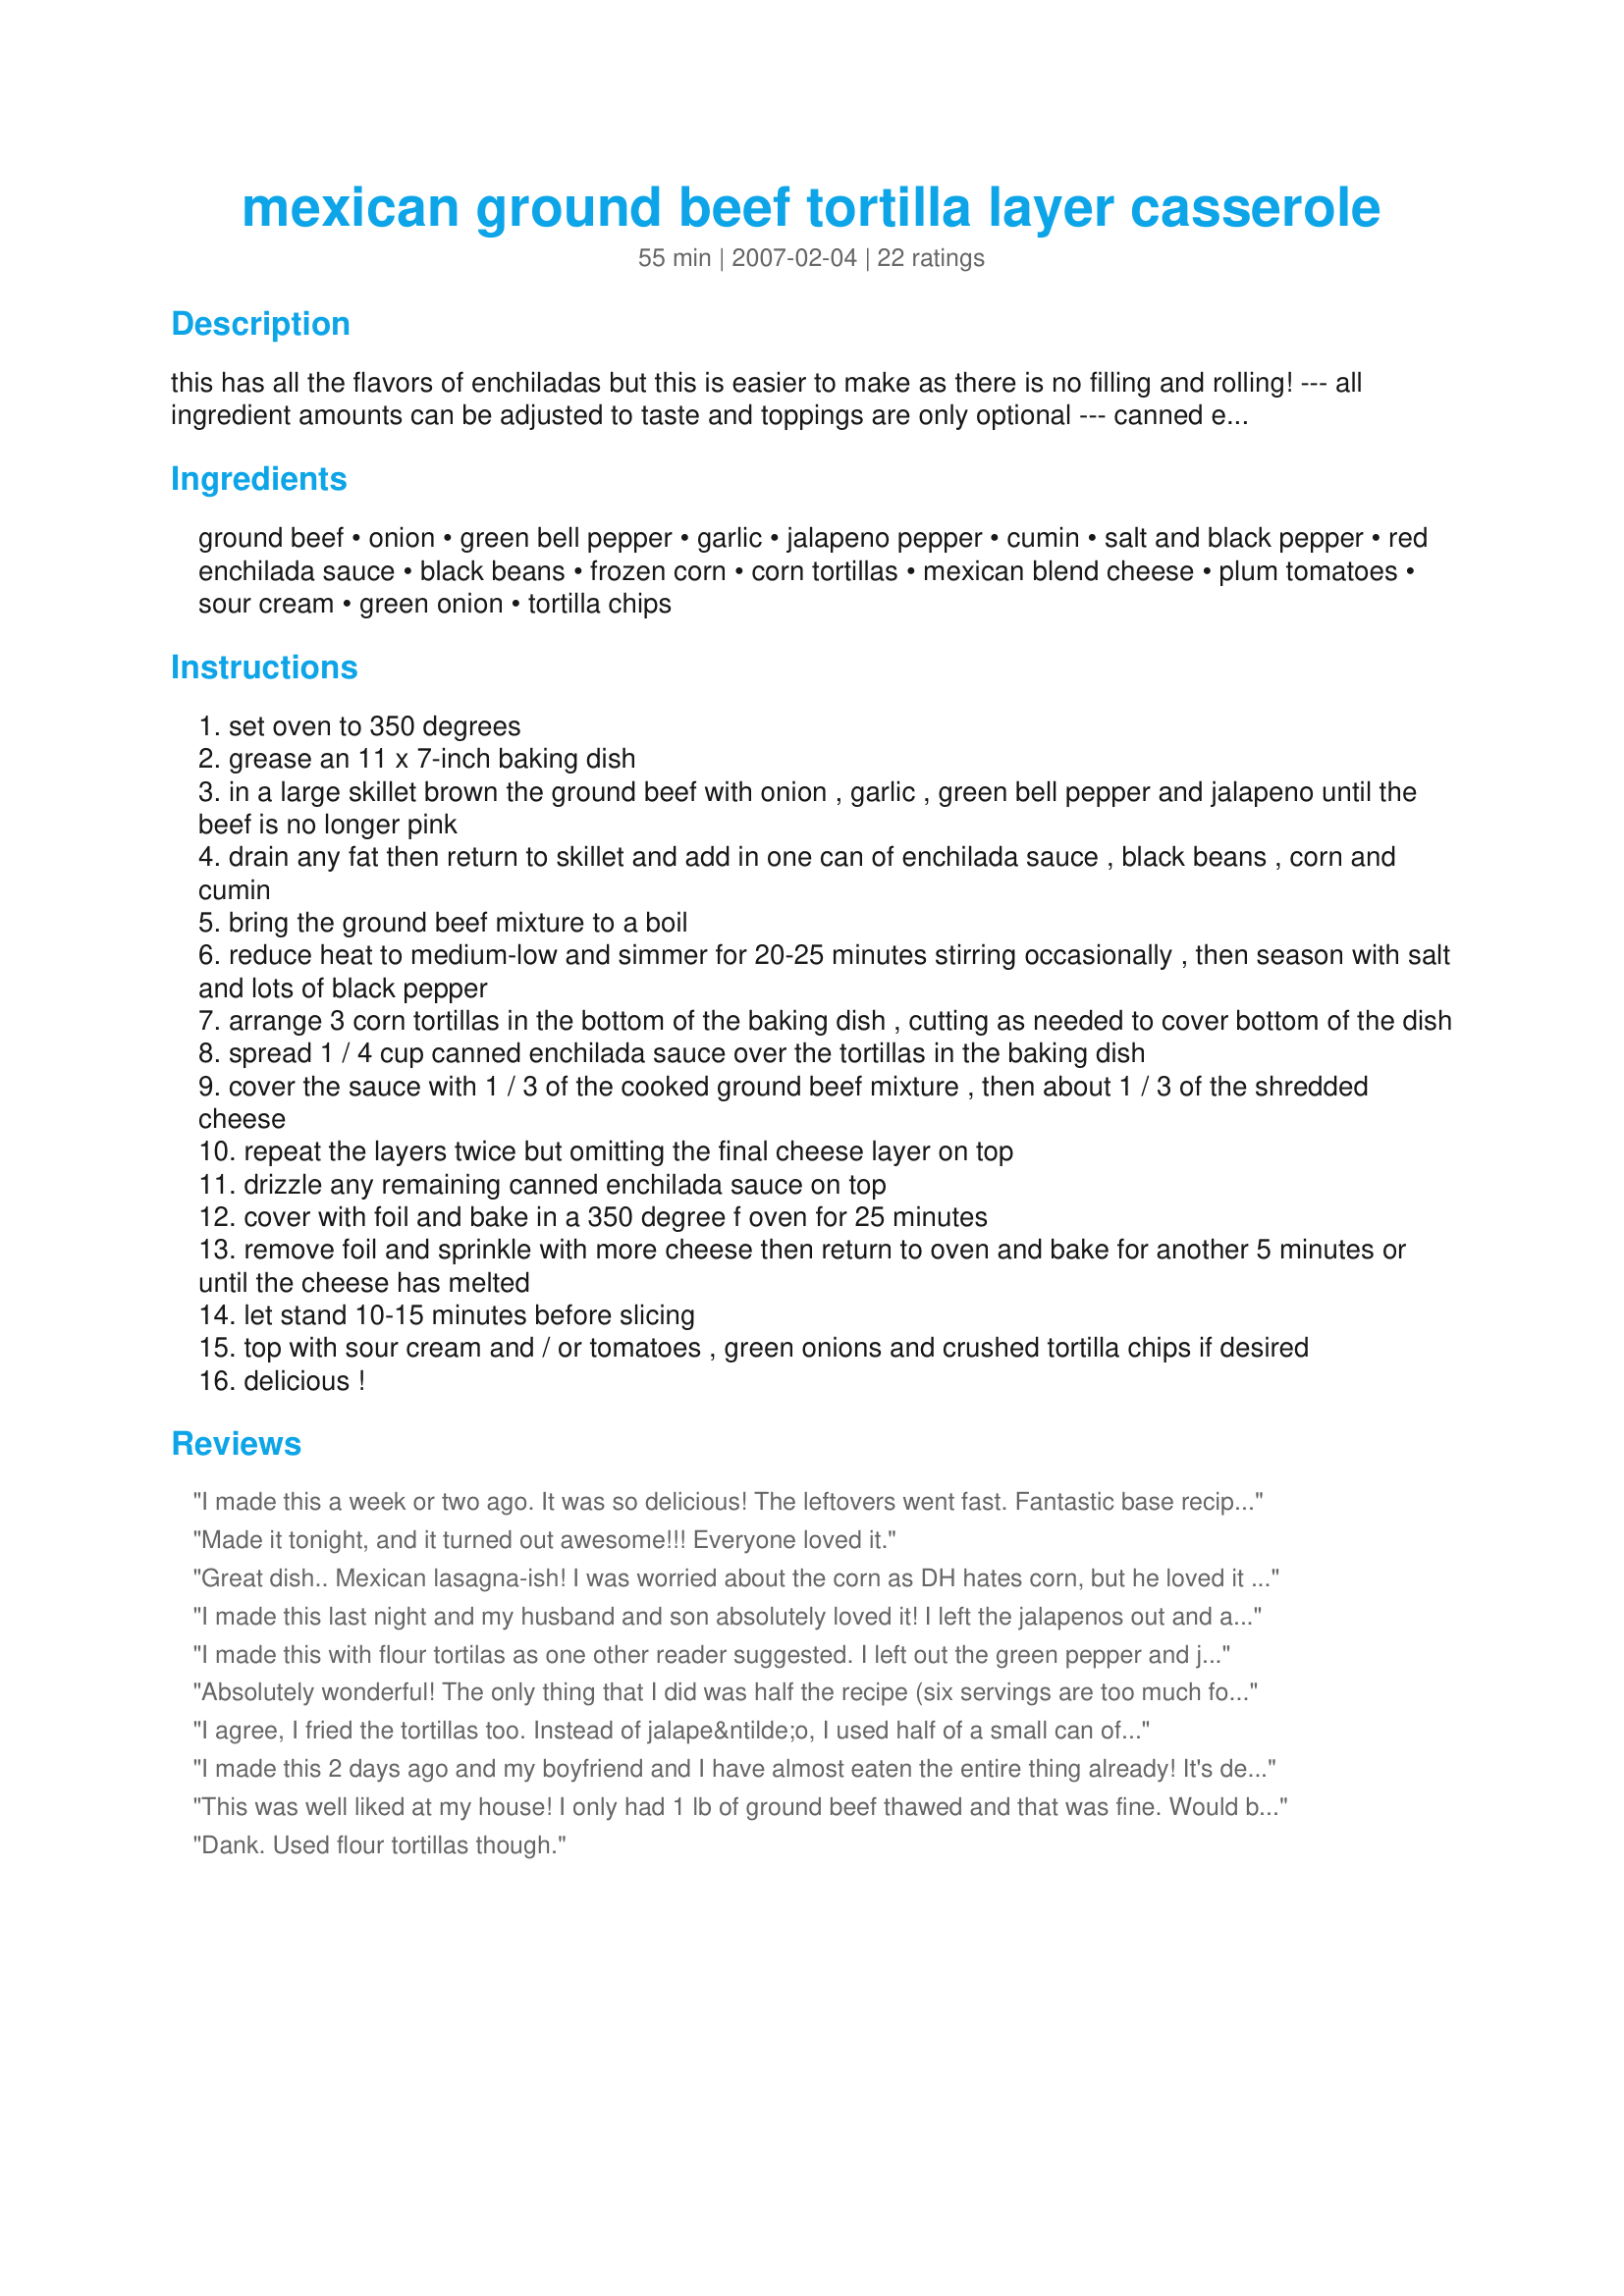
mexican ground beef tortilla layer casserole
Preparation time: 55 minutes

this has all the flavors of enchiladas but this is easier to make as there is no filling and rolling! --- all ingredient amounts can be adjusted to taste and toppings are only optional --- canned enchilada sauce works great or see recipe#168653

Ingredients:
ground beef, onion, green bell pepper, garlic, jalapeno pepper, cumin, salt and black pepper, red enchilada sauce, black beans, frozen corn, corn tortillas, mexican blend cheese, plum tomatoes, sour cream, green onion, tortilla chips

Steps:
set oven to 350 degrees
grease an 11 x 7-inch baking dish
in a large skillet brown the ground beef with onion , garlic , green bell pepper and jalapeno until the beef is no longer pink
drain any fat then return to skillet and add in one can of enchilada sauce , black beans , corn and cumin
bring the ground beef mixture to a boil
reduce heat to medium-low and simmer for 20-25 minutes stirring occasionally , then season with salt and lots of black pepper
arrange 3 corn tortillas in the bottom of the baking dish , cutting as needed to cover bottom of the dish
spread 1 / 4 cup canned enchilada sauce over the tortillas in the baking dish
cover the sauce with 1 / 3 of the cooked ground beef mixture , then about 1 / 3 of the shredded cheese
repeat the layers twice but omitting the final cheese layer on top
drizzle any remaining canned enchilada sauce on top
cover with foil and bake in a 350 degree f oven for 25 minutes
remove foil and sprinkle with more cheese then return to oven and bake for another 5 minutes or until the cheese has melted
let stand 10-15 minutes before slicing
top with sour cream and / or tomatoes , green onions and crushed tortilla chips if desired
delicious !

Reviews:
I made this a week or two ago. It was so delicious! The leftovers went fast. Fantastic base recipe and you get to tweak it with what you have on hand. I will next time use a softer bean, maybe cranberry/pinto, the canned black beans were too tough for my taste. I did not add corn. I will use the recipe over and over. Thank you!
Made it tonight, and it turned out awesome!!! Everyone loved it.
Great dish.. Mexican lasagna-ish! I was worried about the corn as DH hates corn, but he loved it in the dish! Followed recipe to a tee except I used canned corn so added at the very end of the 20 minutes in the saute pan.

Great dish - will def make again!
I made this last night and my husband and son absolutely loved it! I left the jalapenos out and added a 15 oz can of chopped black olives. I also used a 30 oz can of mild red enchilada sauce and just 2 tsp cumin. I used a larger baking pan that I sprayed with Pam first. I put 6 corn tortillas on bottom as well as the other 2 layers. I used much more cheese, 1 lb shredded cheddar and 1 lb Monterey Jack mixed together. . I also added 1.5 cups of cherry tomatoes from my garden cut in half and mixed 1 cup of them into the meat sauce along with 1/2 of the chopped olives before I simmered the sauce. I followed all the other directions covering with foil and baking 25 mins. Then I topped the final layer with the remaining cheese, chopped olives, cherry tomatoes and green onions and baked it for another 7 mins to melt the cheese. I topped mine with sour cream when served it but left off tortilla chips. It served up very nicely after I let it sit for 15 mins before serving.
I made this with flour tortilas as one other reader suggested. I left out the green pepper and jalapeno. The dish was okay - it needed more spice. And I think that corn tortillas would be better. Or, make it without tortillas at all and then serve it burrito style. That is what I will do next time. It is easy to make and really yummy.
Absolutely wonderful! The only thing that I did was half the recipe (six servings are too much for my wife and I), and fry the corn tortillas before creating the layers. I would change anything else, or recommend anyone to fry the corn tortillas.
I agree, I fried the tortillas too. Instead of jalape&ntilde;o, I used half of a small can of rotel green chillies. I did six tortillas in the bottom of a large casserole dish. It was delicious!
I made this 2 days ago and my boyfriend and I have almost eaten the entire thing already! It's delicious.
This was well liked at my house! I only had 1 lb of ground beef thawed and that was fine. Would be good with chicken instead of beef also.
Dank. Used flour tortillas though.
This is a WONDERFUL Mexican casserole. I used ground chicken in place of the beef, added some chili powder, and used approximately 3 cups of shredded cheese. This is yummy comfort food at its best! We topped ours off with picante sauce and a dollop of sour cream.
This dish is OUTSTANDING!! I omitted the jalape&ntilde;os because i simply didn't have them on hand. And I did something else just for fun: on top of a middle layer of tortillas I spread about a half cup of cream cheese. Then continued layering. Holy cow! What a decadent supper this made. Note: this made a huge casserole- next time I will half it for my 9x11 dish.
We loved this! Very flavorful! I did change things just a bit - instead of laying out the corn tortillas, I actually tore them into pieces. I also added a can of diced tomatoes. Other than that, I followed the recipe and it was soooo good! Definitely a keeper... I cant wait to taste it tomorrow as things always seem to taste even better the second day!
This was fast & easy! My entire family loved it. It stored well and was also good as leftovers. This will make a great pot-luck dish!
My family loves this recipe. I've made it several times now by requests. It's one I'm hanging into.
Made this last night, very good, very well received by the family. I used 2 pounds of hamburger, 20 tortillas, 4 cups of shredded cheese, and 2 onions. I also added a can of Rotel tomatoes before the simmer step. I used a 9x13 glass dish to bake this, and I used a recipe for the red enchilada sauce. Make sure you completely cover the dish with foil for the 25 minute bake step, as any exposed tortillas will get too crispy if you don't.
This recipe was loved by my family! I followed the recipe exactly, except I left out the jalape&ntilde;o and bell pepper because I did not have any. Oh and I also used 4 corn tortillas on each layer, instead of 3 and 1 lb. of ground beef I thought was plenty. This was simple and turned out delicious! I wanted enchiladas, but don&#039;t always want to take the time rolling them up, so I&#039;m VERRRY glad I came across this recipe! Will definitely be a keeper :)
Made this for my college son to take back with him after a visit home. Got a call the next day that his room mate and he LOVED it and were drooling just thinking about leftovers that night. So he was my guinea pig! I'm going to make it tonight for the family but I'm going to use chicken instead of beef! I took the advice of some others on this site and added a can of diced tomatoes....I bought petite diced tomatoes with chipotle peppers! And as far as the enchilada sauces?....I bought one can regular and one can hot! Oh....and I only used 1 lb of beef. Thanks for sharing this recipe!
This recipe was easy and delicious. I did not have a can of enchilada sauce, so I made a recipe for the sauce found on this site. I subsituted flour tortillas and red kidney beans. I topped it with lettuce/tomatoes/salsa and sour cream. Served up great as a leftover, too.
Having this for dinner as I type. Very good. I omitted the bell pepper, tossed in a box of drained chopped tomatoes, and went with the 4tsp. of cumin. I also used Mexican Blend cheese along with some Chihuahua and Oaxaca cheese. I do believe that the next time I will decrease the cumin a bit and add double the tortillas. Thank you!!!
I enjoyed this recipe and like Chef #523608 i added kidney beans and it tasted great. I cooked the meat with half a can of extra hot rotel chili and tomatoes instead of jalapeno and it gave a nice kick. To make a "low fat" version i only did tortillas on the top and bottom, kinda like a sandwich. I topped with light sour cream and green onions which added nice flavor.
This was an awesome recipe. Loved the texture of the corn and black beans.Okay Kit so I tweaked it just a little. I substituted about 8 chopped, roasted, Anaheim green chiles that I had frozen from last fall's harvest instead of the green pepper. I added about a teaspoon of chili powder, a little more cumin beacause I like the flavor, and a tablespoon of Worchester sauce to the meat. Thanks for posting this one, it's a keeper.
